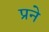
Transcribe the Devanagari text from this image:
प्रने